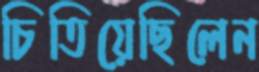
চিতিয়েছিলেন